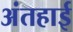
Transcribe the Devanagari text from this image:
अंतहाई